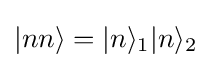
|nn\rangle =|n\rangle _{1}|n\rangle _{2}